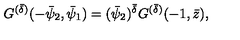
G ^ { ( \bar { \delta } ) } ( - \bar { \psi } _ { 2 } , \bar { \psi } _ { 1 } ) = ( \bar { \psi } _ { 2 } ) ^ { \bar { \delta } } G ^ { ( \bar { \delta } ) } ( - 1 , \bar { z } ) ,